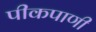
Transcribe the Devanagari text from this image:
पीकपाणी